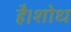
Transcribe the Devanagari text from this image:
है।शोध